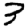
Digit: 3